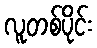
လူတစ်ပိုင်း